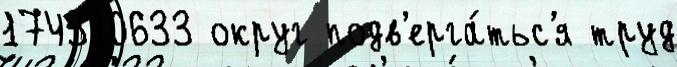
174310633 округ подв'ерга́тьс'я труд